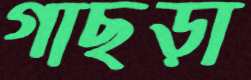
গাছড়া